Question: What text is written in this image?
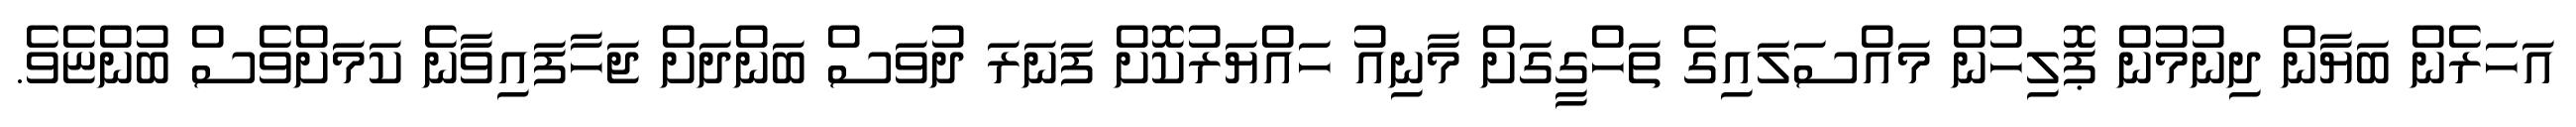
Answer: އަހަރެން ބަޔާން ދިނުމުން ޕޮލިހުން މައްސަލައިގެ ތަހްގީގަށް މާނިއު ހައްޔަރުކޮށް ފަނަރަ ދުވަސް ބަންދަށް ޖަހާފައިވާނެ ކަމަށްވެސް ބުންޏެވެ.